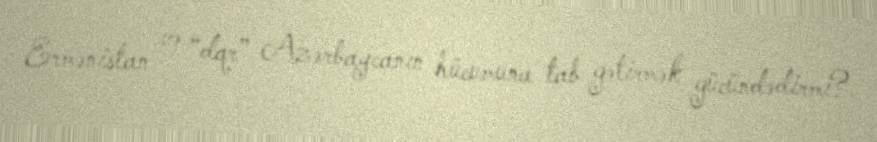
Ermənistan və “dqr” Azərbaycanın hücumuna tab gətirmək gücündədirmi?.